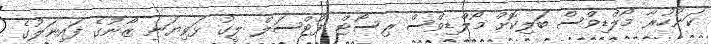
ކަނުހުރާ މޯލްޑިވްސް ބަލިކޮށް މޯލްޑިވްސް ރިސޯޓް ފުޓްސަލް ލީގު ޅަވިޔަނި ޒޯނުގެ ފައިނަލުގެ